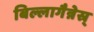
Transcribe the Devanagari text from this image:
बिल्लागैन्नेस्र्